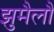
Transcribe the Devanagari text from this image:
झुमैलौ